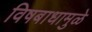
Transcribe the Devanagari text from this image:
विषबाधामुळे